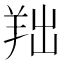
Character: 𦍦